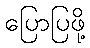
ပြောပြဖို့